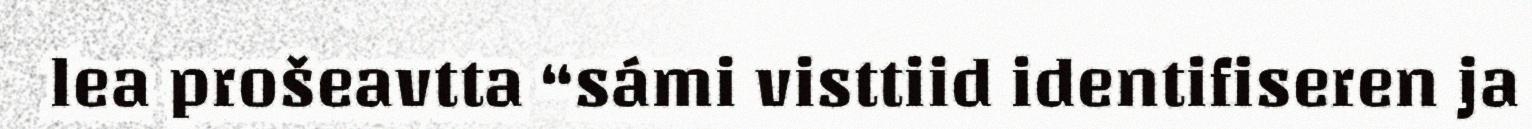
lea prošeavtta “sámi visttiid identifiseren ja